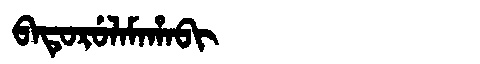
Manchu: ᠪᠠᡨᡠᡵᡠᠯᠠᠮᠠᡥᠠᠪᡳ
Romanization: BATURULAMAHABI